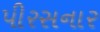
પીરસનાર